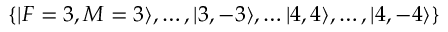
\{ | F = 3 , M = 3 \rangle , \ldots , | 3 , - 3 \rangle , \ldots | 4 , 4 \rangle , \ldots , | 4 , - 4 \rangle \}